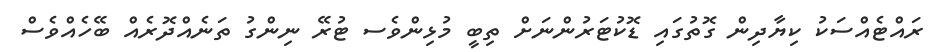
ރައްޓެއްސަކު ކިޔާދިން ގޮތުގައި ޑޮކުޓަރުންނަށް ތިބީ މުޅިންވެސ ޓުރޭ ނިންގު ތަނެއްދޮރެއް ބޭހެއްވެސް